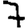
Digit: 7